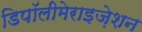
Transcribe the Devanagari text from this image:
डिपॉलीमेराइज़ेशन